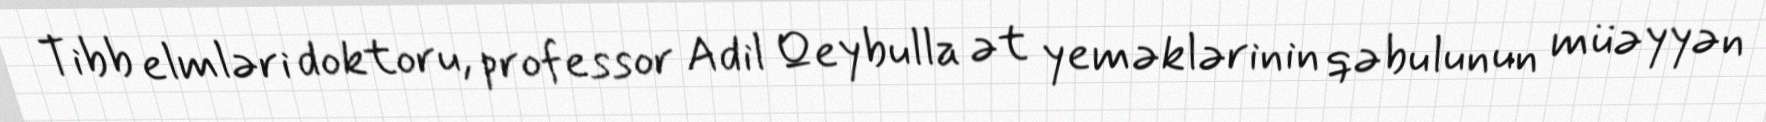
Tibb elmləri doktoru, professor Adil Qeybulla ət yeməklərinin qəbulunun müəyyən